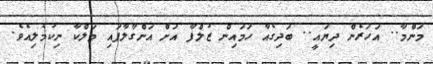
މަންމާ.. އަހަރެން ދިޔައީ.. ބަދިގެއާ ހަމައިން ޒުލްފާ އަށް އަންގާލާފައި މަލްކާ ނިކުމެލިއެވެ.